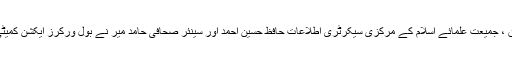
اتوار کے روز جماعت اسلامی پاکستان کے امیر سراج الحق ، جمیعت علمائے اسلام کے مرکزی سیکرٹری اطلاعات حافظ حسین احمد اور سینئر صحافی حامد میر نے بول ورکرز ایکشن کمیٹی کے مطالبات سے اتفاق رائے کرتے ہوئے دستخظ کئے ۔